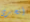
أتحرى